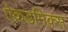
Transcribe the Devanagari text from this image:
ऐकडमिक्स